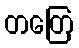
တတြေ